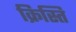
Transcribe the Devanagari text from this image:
क्रिस्ति